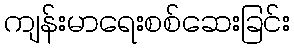
ကျန်းမာရေးစစ်ဆေးခြင်း